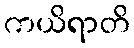
ကယိရာတိ